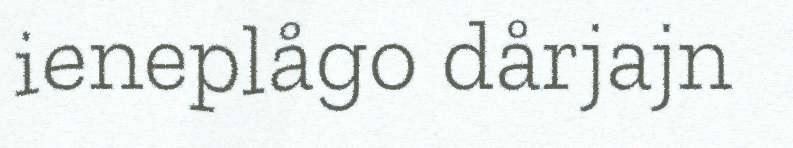
ieneplågo dårjajn